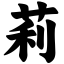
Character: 莉